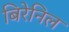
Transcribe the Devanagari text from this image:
बिरेनिल